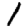
Digit: 1